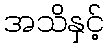
အသိနှင့်